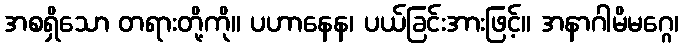
အစရှိသော တရားတို့ကို။ ပဟာနေန၊ ပယ်ခြင်းအားဖြင့်။ အနာဂါမိမဂ္ဂေ၊